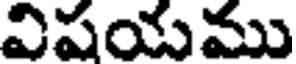
విషయము